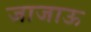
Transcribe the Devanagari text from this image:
जाजाऊ